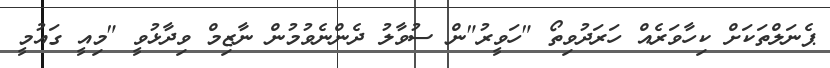
ޕެނަލްތަކަށް ކިހާވަރެއް ހަރަދުވިތޯ "ހަވީރު"ން ސުވާލު ދެންނެވުމުން ނާޒިމް ވިދާޅުވީ "މިއީ ގައުމީ